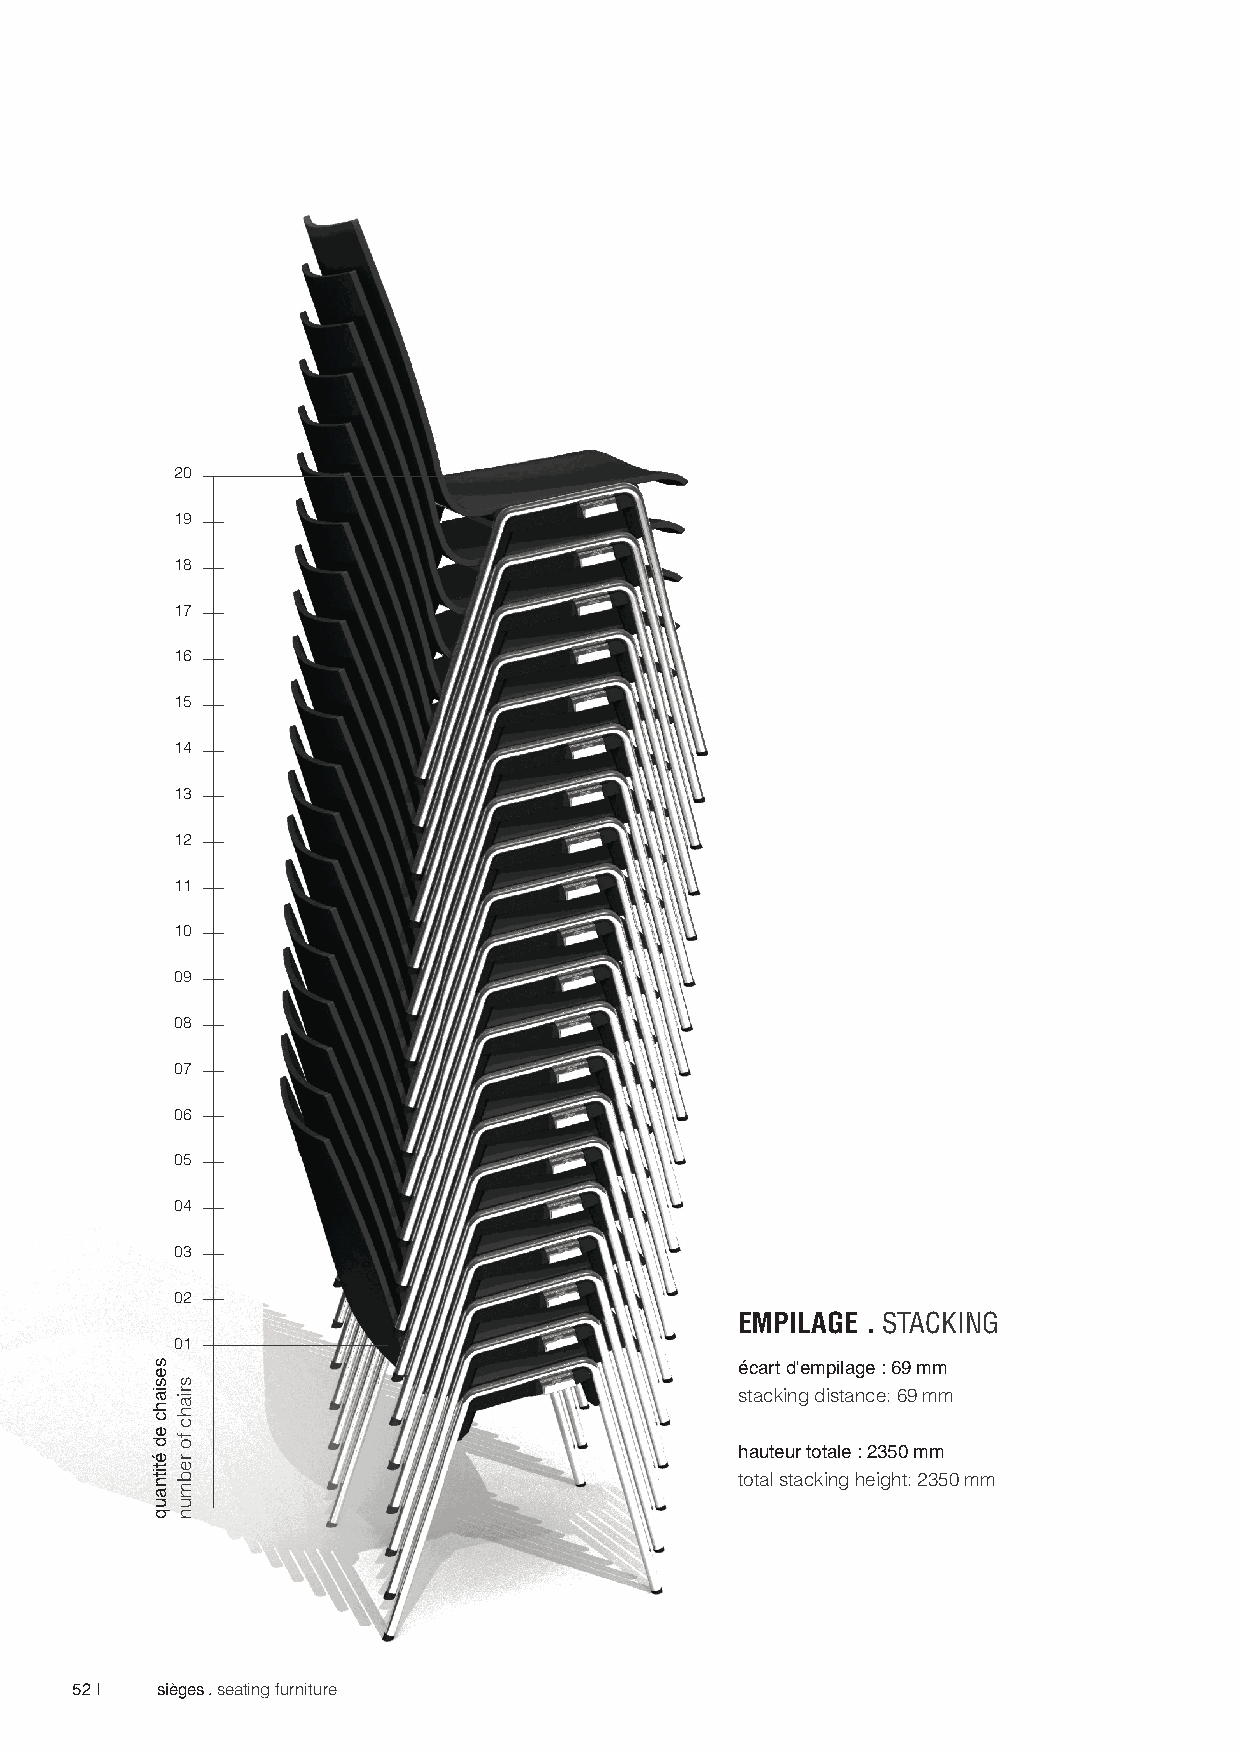
20
 19
 18
 17
 16
 15
 14
 13
 12
 11
 10
 09
 08
 07
 06
 05
 04
 03
 02
 EMPILAGE . STACKING
 01
 écart d'empilage : 69 mm
 stacking distance: 69 mm
 hauteur totale : 2350 mm
 total stacking height: 2350 mm
 52 | sièges . seating furniture
 sesiahc
 ed
 étitnauq
 sriahc
 fo
 rebmun